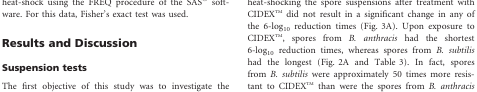
<table><thead><tr><td><b>Species</b></td><td><b>Disinfectant</b></td><td><b>Exposure time</b></td><td><b>Delayed heat-shock</b></td><td><b>Immediate heat-shock</b></td><td><b><i>P</i>1</b></td></tr></thead><tbody><tr><td><i>Bacillus subtilis</i></td><td>CIDEXTM</td><td>4 h</td><td>3/60</td><td>5/60</td><td>0.3585</td></tr><tr><td><i>Clostridium sporogenes</i></td><td>CIDEXTM</td><td>1 h</td><td>3/60</td><td>4/60</td><td>0.5</td></tr><tr><td><i>Bacillus subtilis</i></td><td>STERIPLEXTM HC</td><td>25 min</td><td>3/60</td><td>9/60</td><td>0.0627</td></tr><tr><td><i>Clostridium sporogenes</i></td><td>STERIPLEXTM HC</td><td>25 min</td><td>1/60</td><td>1/60</td><td>0.7521</td></tr><tr><td><i>Bacillus subtilis</i></td><td>STERIPLEXTM Ultra</td><td>15 min</td><td>2/60</td><td>7/60</td><td>0.0815</td></tr><tr><td><i>Clostridium sporogenes</i></td><td>STERIPLEXTM Ultra</td><td>15 min</td><td>2/60</td><td>4/60</td><td>0.3397</td></tr></tbody></table>